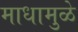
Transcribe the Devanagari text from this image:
माधामुळे